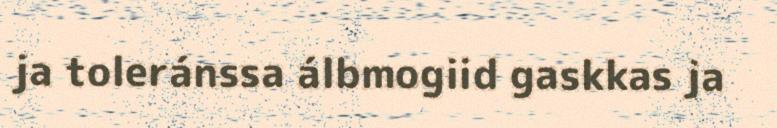
ja toleránssa álbmogiid gaskkas ja